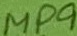
Text: MP9